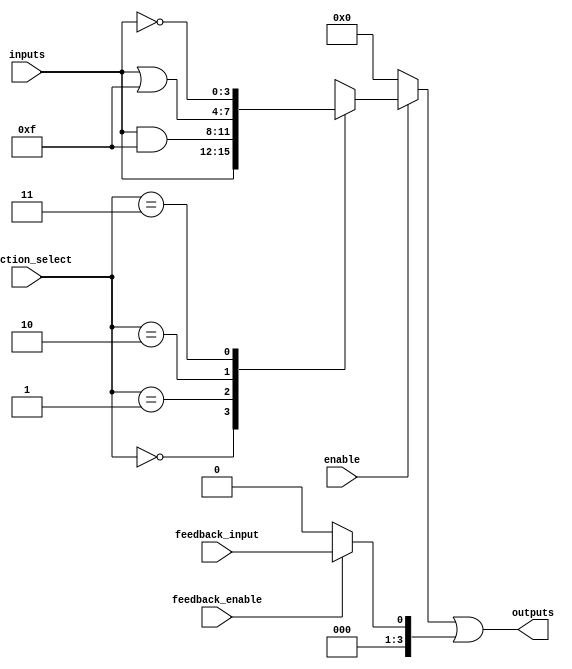
module CLB (
    input wire [3:0] inputs,          // Input lines (4 inputs)
    input wire [1:0] function_select, // Select function for LFUs
    input wire enable,                 // Enable signal
    input wire feedback_enable,        // Feedback enable signal
    input wire feedback_input,         // Feedback input line
    output reg [3:0] outputs           // Output lines (4 outputs)
);

// Internal signals
reg [3:0] lfus;                       // Logic Function Units output
reg [3:0] feedback_path;              // Feedback path

// Logic Function Units (LFUs)
always @(*) begin
    if (enable) begin
        case (function_select)
            2'b00: lfus = inputs;                        // Pass-through
            2'b01: lfus = inputs & {4{1'b1}};           // AND operation
            2'b10: lfus = inputs | {4{1'b1}};           // OR operation
            2'b11: lfus = ~inputs;                       // NOT operation
            default: lfus = 4'b0000;                     // Default case
        endcase
    end else begin
        lfus = 4'b0000;                                  // Disable output
    end
end

// Feedback path logic
always @(*) begin
    if (feedback_enable) begin
        feedback_path = feedback_input;                 // Route feedback input
    end else begin
        feedback_path = 4'b0000;                        // No feedback
    end
end

// Output logic
always @(*) begin
    outputs = lfus | feedback_path;                     // Combine LFUs output and feedback
end

endmodule